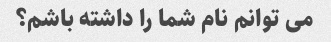
می توانم نام شما را داشته باشم؟